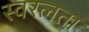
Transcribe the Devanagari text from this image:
स्वरलता